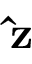
\mathbf { \hat { z } }